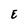
Character: E